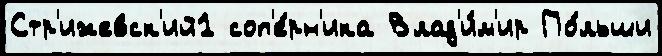
Стр'ижевск'ий1 соп'е́рн'ика Влад'и́м'ир По́льши